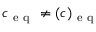
c _ { \mathrm { ~ e ~ q ~ } } \ne ( c ) _ { \mathrm { ~ e ~ q ~ } }